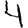
Digit: 4